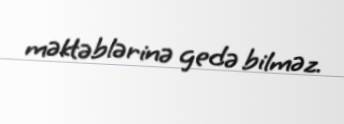
məktəblərinə gedə bilməz.